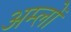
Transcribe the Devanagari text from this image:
अम्‍लों